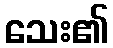
သေး၏